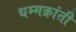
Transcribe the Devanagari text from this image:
धम्मक्रांती